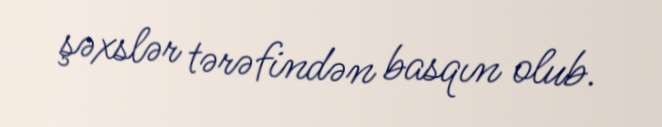
şəxslər tərəfindən basqın olub.